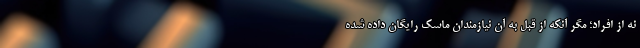
نه از افراد؛ مگر آنکه از قبل به آن نیازمندان ماسک رایگان داده شده